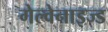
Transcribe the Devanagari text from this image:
गेल्वेनाइज्ड